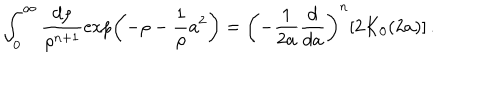
LaTeX: \int _ { 0 } ^ { \infty } \frac { d \rho } { \rho ^ { n + 1 } } \exp \left( - \rho - \frac { 1 } { \rho } a ^ { 2 } \right) = \left( - \frac { 1 } { 2 a } \frac { d } { d a } \right) ^ { n } [ 2 K _ { 0 } ( 2 a ) ] \, .